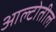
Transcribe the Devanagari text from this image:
आल्टोतील